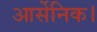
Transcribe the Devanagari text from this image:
आर्सेनिक।